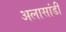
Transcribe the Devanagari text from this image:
अलासांडी